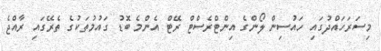
މިސަރަހައްދުގައި ހައުސިން ލޯންގެ އިންޓްރެސްޓް ރޭޓް އެންމެ ބޮޑު ގައުމުތަކުގެ ތެރޭގައި ރާއްޖެ